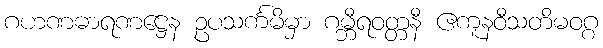
ဂဟဏဓာရဏဋ္ဌေန ဥပသင်္ကမိမှာ ဂမ္ဘီရဝတ္တနီ ဧကူနဝီသတိမဝဂ္ဂ